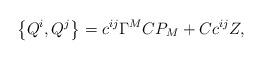
LaTeX: \begin{align*}\left\{ Q^{i},Q^{j}\right\} =c^{ij}\Gamma ^{M}CP_{M}+Cc^{ij}Z, \end{align*}